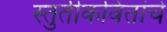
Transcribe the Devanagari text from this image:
स्तुतीकवितांचे